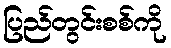
ပြည်တွင်းစစ်ကို